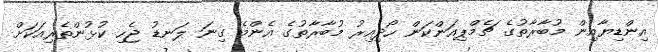
އިންޑިޔާއިން މުބާރާތުގެ ޗެމްޕިއަންކަން ހޯދިއިރު މުބާރާތުގެ އެންމެ ގިނަ ލަނޑު ޖެހި ކުޅުންތެރިއަކަށް